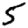
Digit: 5